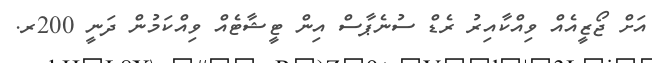
އަށް ޖޯޒީއެއް ވިއްކާއިރު ރެޑް ސުނެޕާސް އިން ޓީޝާޓެއް ވިއްކަމުން ދަނީ 200ރ.